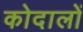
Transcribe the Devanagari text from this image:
कोदालों